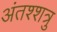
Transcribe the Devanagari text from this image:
अंतश्शत्रु